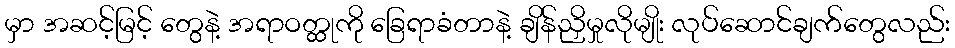
မှာ အဆင့်မြင့် တွေနဲ့ အရာဝတ္ထုကို ခြေရာခံတာနဲ့ ချိန်ညှိမှုလိုမျိုး လုပ်ဆောင်ချက်တွေလည်း